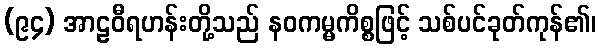
(၉၄) အာဠဝီရဟန်းတို့သည် နဝကမ္မကိစ္စဖြင့် သစ်ပင်ခုတ်ကုန်၏၊